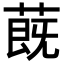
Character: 蔇